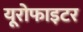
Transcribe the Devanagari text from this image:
यूरोफाइटर